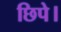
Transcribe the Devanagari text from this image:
छिपे।